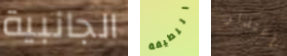
الجانبية اللطيفة إعتذار